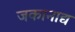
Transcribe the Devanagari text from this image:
जकानाद्य